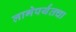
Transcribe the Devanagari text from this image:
लागेपर्यंतचा